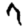
Digit: 7